Report on sanitation, dispensaries, and jails in Rajputana for 1919, and on vaccination for the year 1919-1920 - 1919-1920
Year: 1919
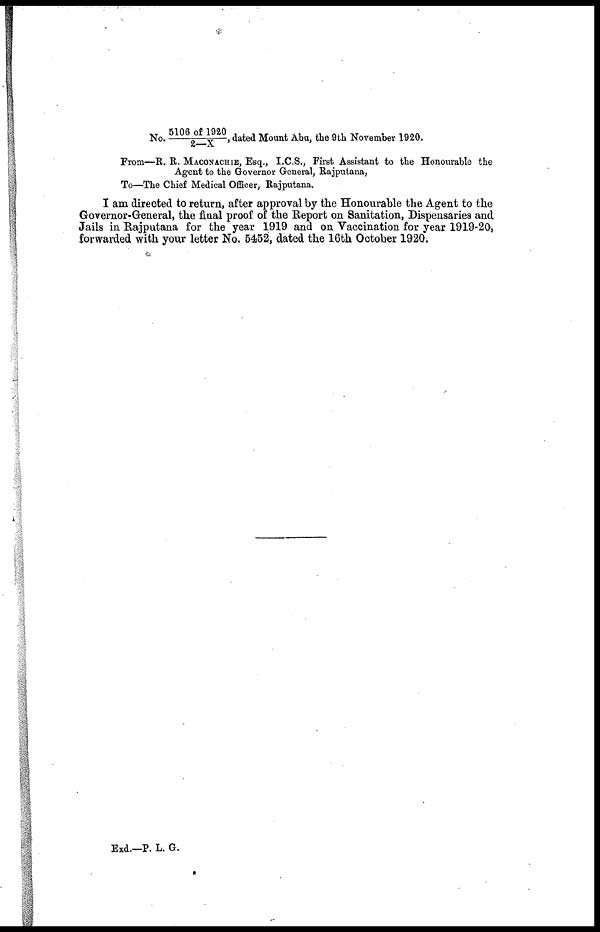
No. 5106 of 1920/2—X, dated Mount Abu, the 9th November 1920.
From—R. R. MACONACHIE, Esq., I.C.S., First Assistant to the Honourable the
Agent to the Governor General, Rajputana,
To—The Chief Medical Officer, Rajputana.
I am directed to return, after approval by the Honourable the Agent to the
Governor-General, the final proof of the Report on Sanitation, Dispensaries and
Jails in Rajputana for the year 1919 and on Vaccination for year 1919-20,
forwarded with your letter No. 5452, dated the 16th October 1920.
Exd.—P. L. G.